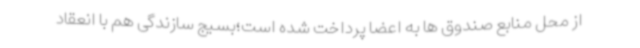
از محل منابع صندوق ها به اعضا پرداخت شده است؛بسیج سازندگی هم با انعقاد